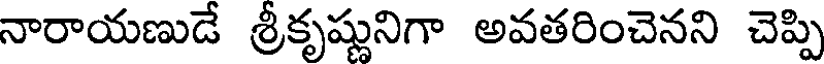
నారాయణుడే శ్రీకృష్ణునిగా అవతరించెనని చెప్పి